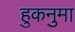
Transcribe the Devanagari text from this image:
हुकनुमा